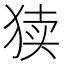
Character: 𱮀